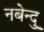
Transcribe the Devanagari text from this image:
नबेन्दु